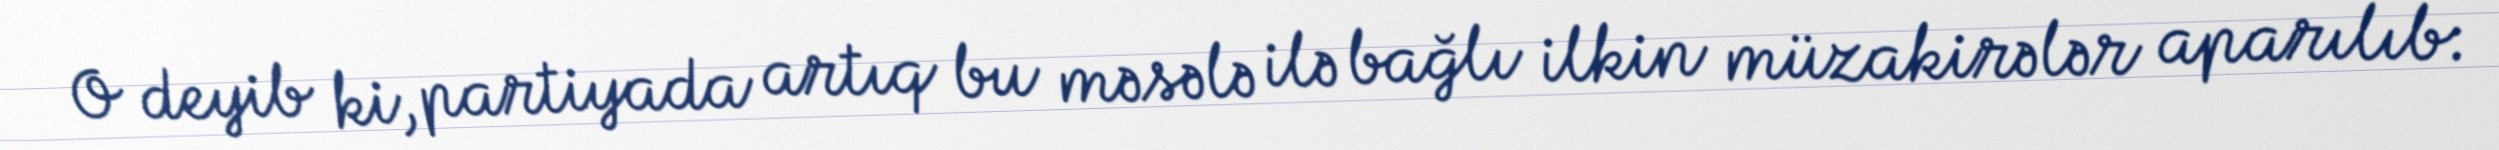
O deyib ki, partiyada artıq bu məsələ ilə bağlı ilkin müzakirələr aparılıb: